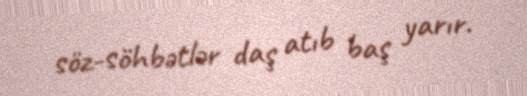
söz-söhbətlər daş atıb baş yarır.